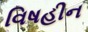
વિષહીન